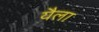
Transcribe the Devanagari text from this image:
यैला